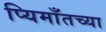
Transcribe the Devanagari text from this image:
प्यिमाँतच्या